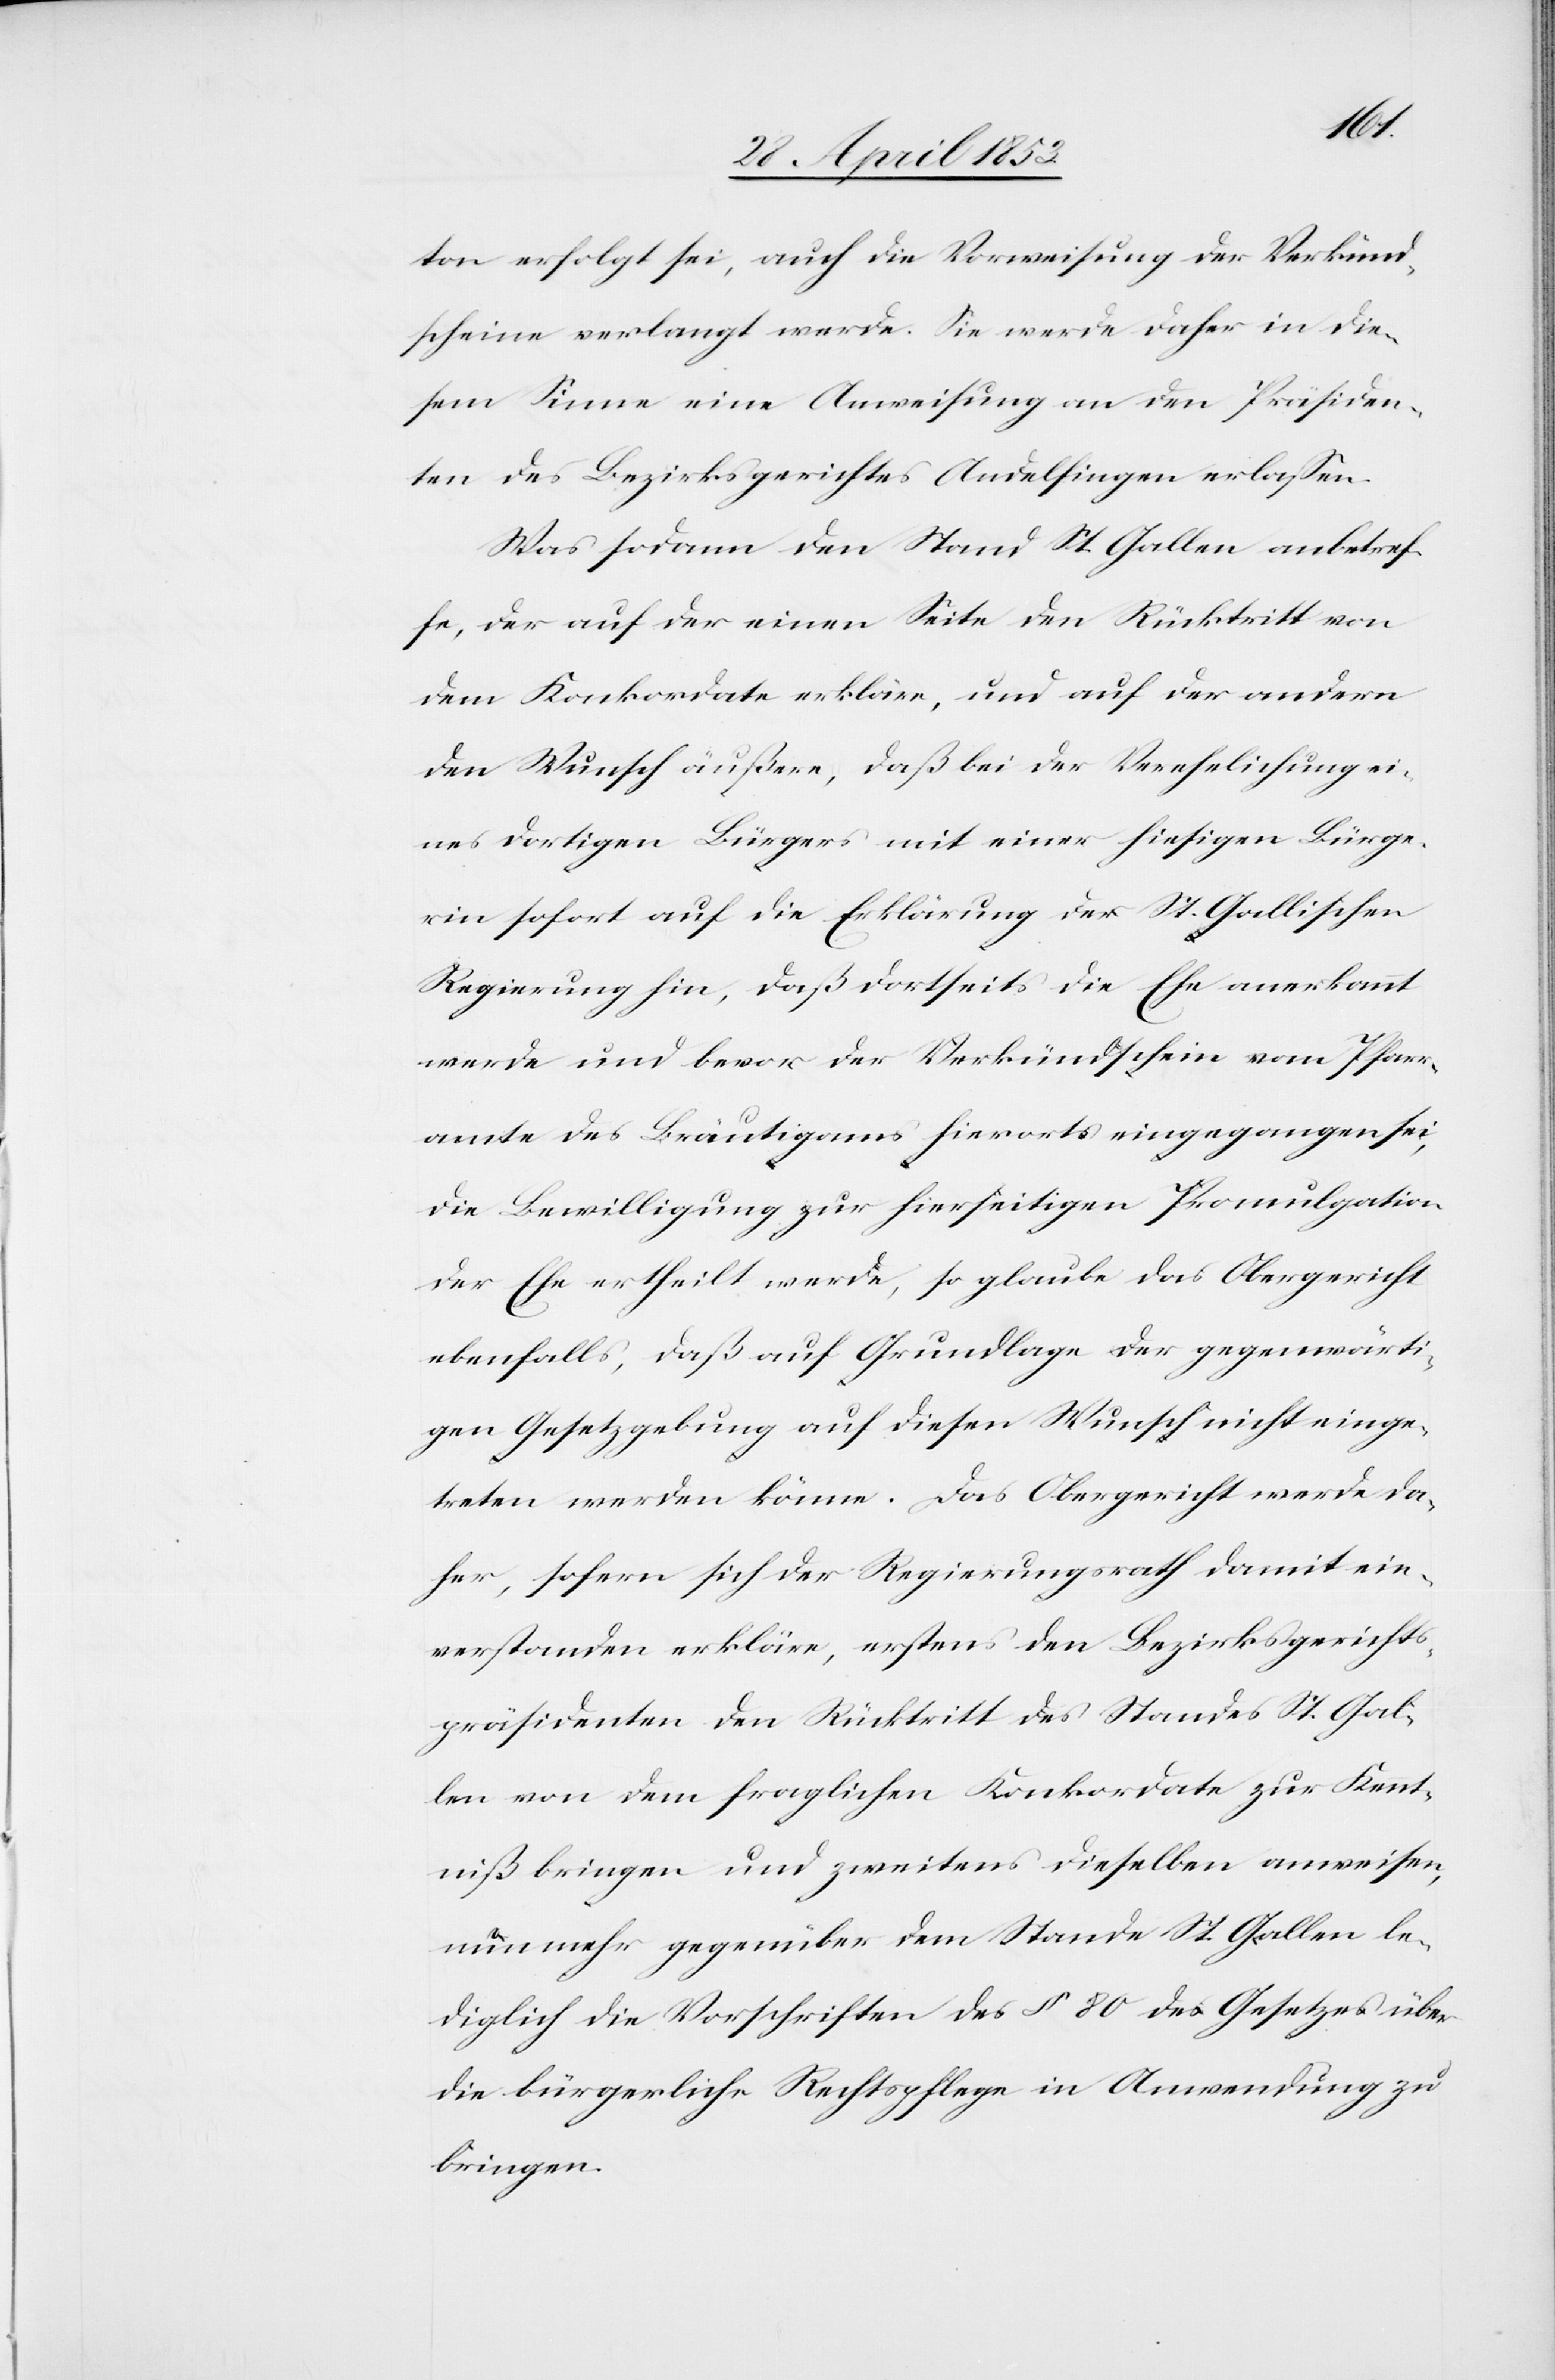
ton erfolgt sei, auch die Vorweisung der Verkünd¬
scheine verlangt werde. Sie werde daher in die¬
sem Sinne eine Anweisung an den Präsiden¬
ten des Bezirksgerichtes Andelfingen erlaßen.
Was sodann den Stand St. Gallen anbetref¬
fe, der auf der einen Seite den Rücktritt von
dem Konkordate erkläre, und auf der andern
den Wunsch äußere, daß bei der Verehelichung ei¬
nes dortigen Bürgers mit einer hiesigen Bürge¬
rin sofort auf die Erklärung der St. Gallischen
Regierung hin, daß dortseits die Ehe anerkannt
werde und bevor der Verkündschein vom Pfarr¬
amte des Bräutigams hierorts eingegangen sei,
die Bewilligung zur hierseitigen Promulgation
der Ehe ertheilt werde, so glaube das Obergericht
ebenfalls, daß auf Grundlage der gegenwärti¬
gen Gesetzgebung auf diesen Wunsch nicht einge¬
treten werden könne. Das Obergericht werde da¬
her, sofern sich der Regierungsrath damit ein¬
verstanden erkläre, erstens den Bezirksgerichts¬
präsidenten den Rücktritt des Standes St. Gal¬
len von dem fraglichen Konkordate zur Kennt¬
niß bringen und zweitens dieselben anweisen
nunmehr gegenüber dem Stande St. Gallen le¬
diglich die Vorschriften des § 80 des Gesetzes über
die bürgerliche Rechtspflege in Anwendung zu
bringen.